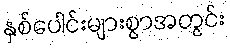
နှစ်ပေါင်းများစွာအတွင်း